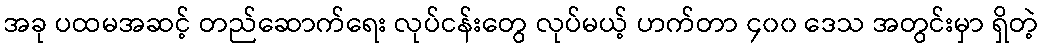
အခု ပထမအဆင့် တည်ဆောက်ရေး လုပ်ငန်းတွေ လုပ်မယ့် ဟက်တာ ၄၀၀ ဒေသ အတွင်းမှာ ရှိတဲ့